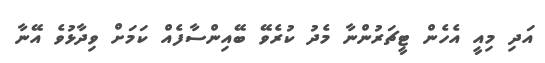
އަދި މިއީ އެހެން ޓީޗަރުންނާ މެދު ކުރެވޭ ބޭއިންސާފެއް ކަމަށް ވިދާޅުވެ އޭނާ